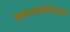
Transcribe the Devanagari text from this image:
इम्प्लेमेंटेशन